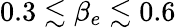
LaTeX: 0.3\lesssim\beta_{e}\lesssim 0.6